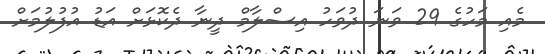
މެއި މަހުގެ 29 ވަނަ ދުވަހު އިސްލާމް ދީނާ ދެކޮޅަށް އަޑު އުފުލުމަށް